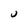
Character: u